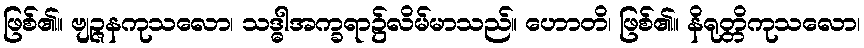
ဖြစ်၏။ ဗျဉ္ဇနကုသလော၊ သဒ္ဓါအက္ခရာ၌လိမ်မာသည်။ ဟောတိ၊ ဖြစ်၏။ နိရုတ္တိကုသလော၊